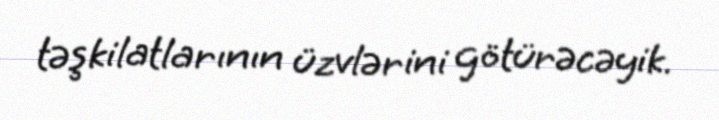
təşkilatlarının üzvlərini götürəcəyik.